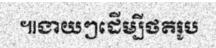
៕ងាយៗដើម្បីថតរូប